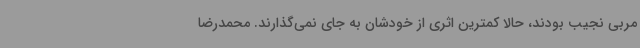
مربی نجیب بودند، حالا کمترین اثری از خودشان به جای نمی‌گذارند. محمدرضا